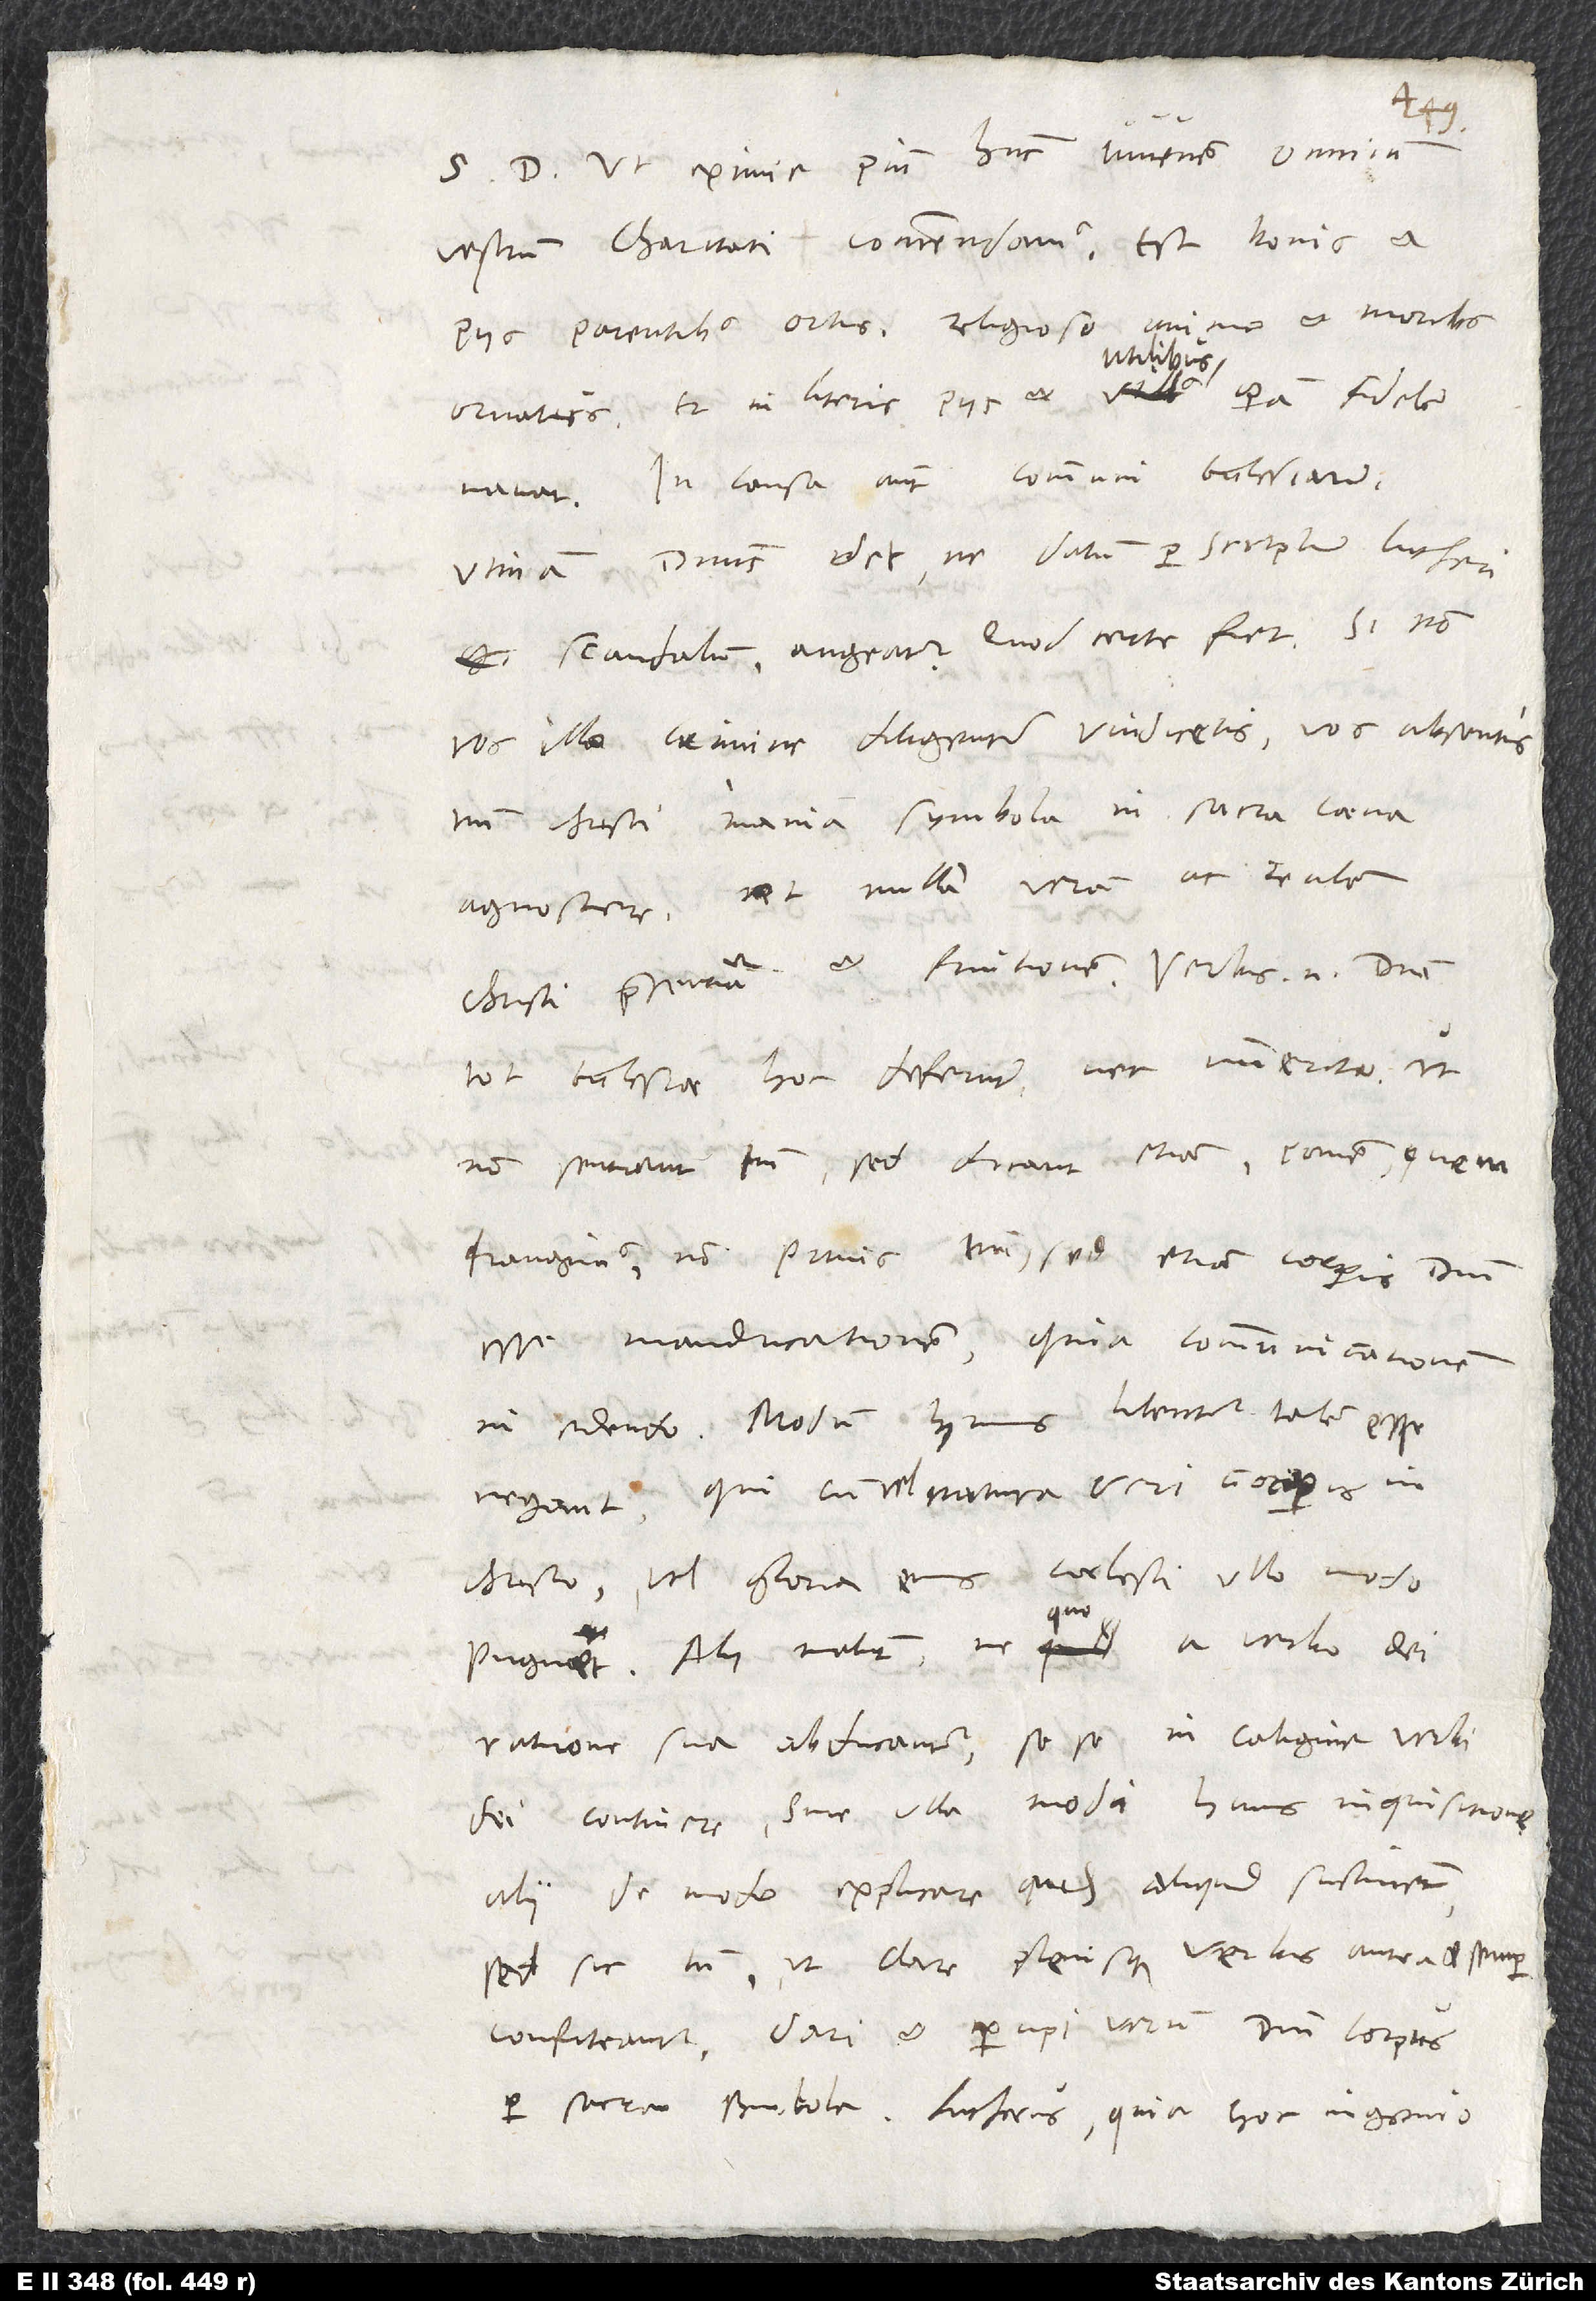
eximie pium hunc iuvenem omnium
vestrum charitati commendamus; est bonis
piis parentibus ortus, religioso animo et moribus
ornatus et in literis piis et utilibus operam fidelem
In causa autem communi ecclesiarum
utinam dominus det, ne datum per scriptum Lutheri
scandalum augeatur! Quod certe fiet, si non
vos illo crimine diligenter vindicetis vos absentis
tantum Christi inania symbola in sacra coena
agnoscere et nullam veram ac realem
Christi praesentiam et fruitionem. Verbis enim domini
tot ecclesiae hoc deferunt nec immerito, ut
non sentiant tantum, sed dicant etiam panem, quem
frangimus, non panis tantum, sed etiam corporis domini
esse manducationem, quia communicationem
in edendo; modum huius libenter talem esse
negant, qui cum vel natura veri corporis in
Christo vel gloria eius coelesti ullo modo
pugnet. Alii volunt, ne quo a verbo dei
ratione sua abducantur, sese in caligine verbi
dei continere sine ulla modi huius inquisitione;
alii de modo explicare quidem aliquid sustinent,
sed sic tamen, ut clare plenisque verbis antea et semper
confiteantur dari et percipi verum domini corpus
per sacra symbola. Lutherus, quia hoc ingenio